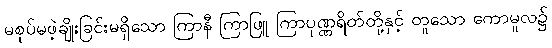
မစုပ်မဖဲ့ချိုးခြင်းမရှိသော ကြာနီ ကြာဖြူ ကြာပုဏ္ဏရိတ်တို့နှင့် တူသော ကောမူလ၌